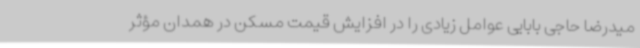
میدرضا حاجی بابایی عوامل زیادی را در افزایش قیمت مسکن در همدان مؤثر